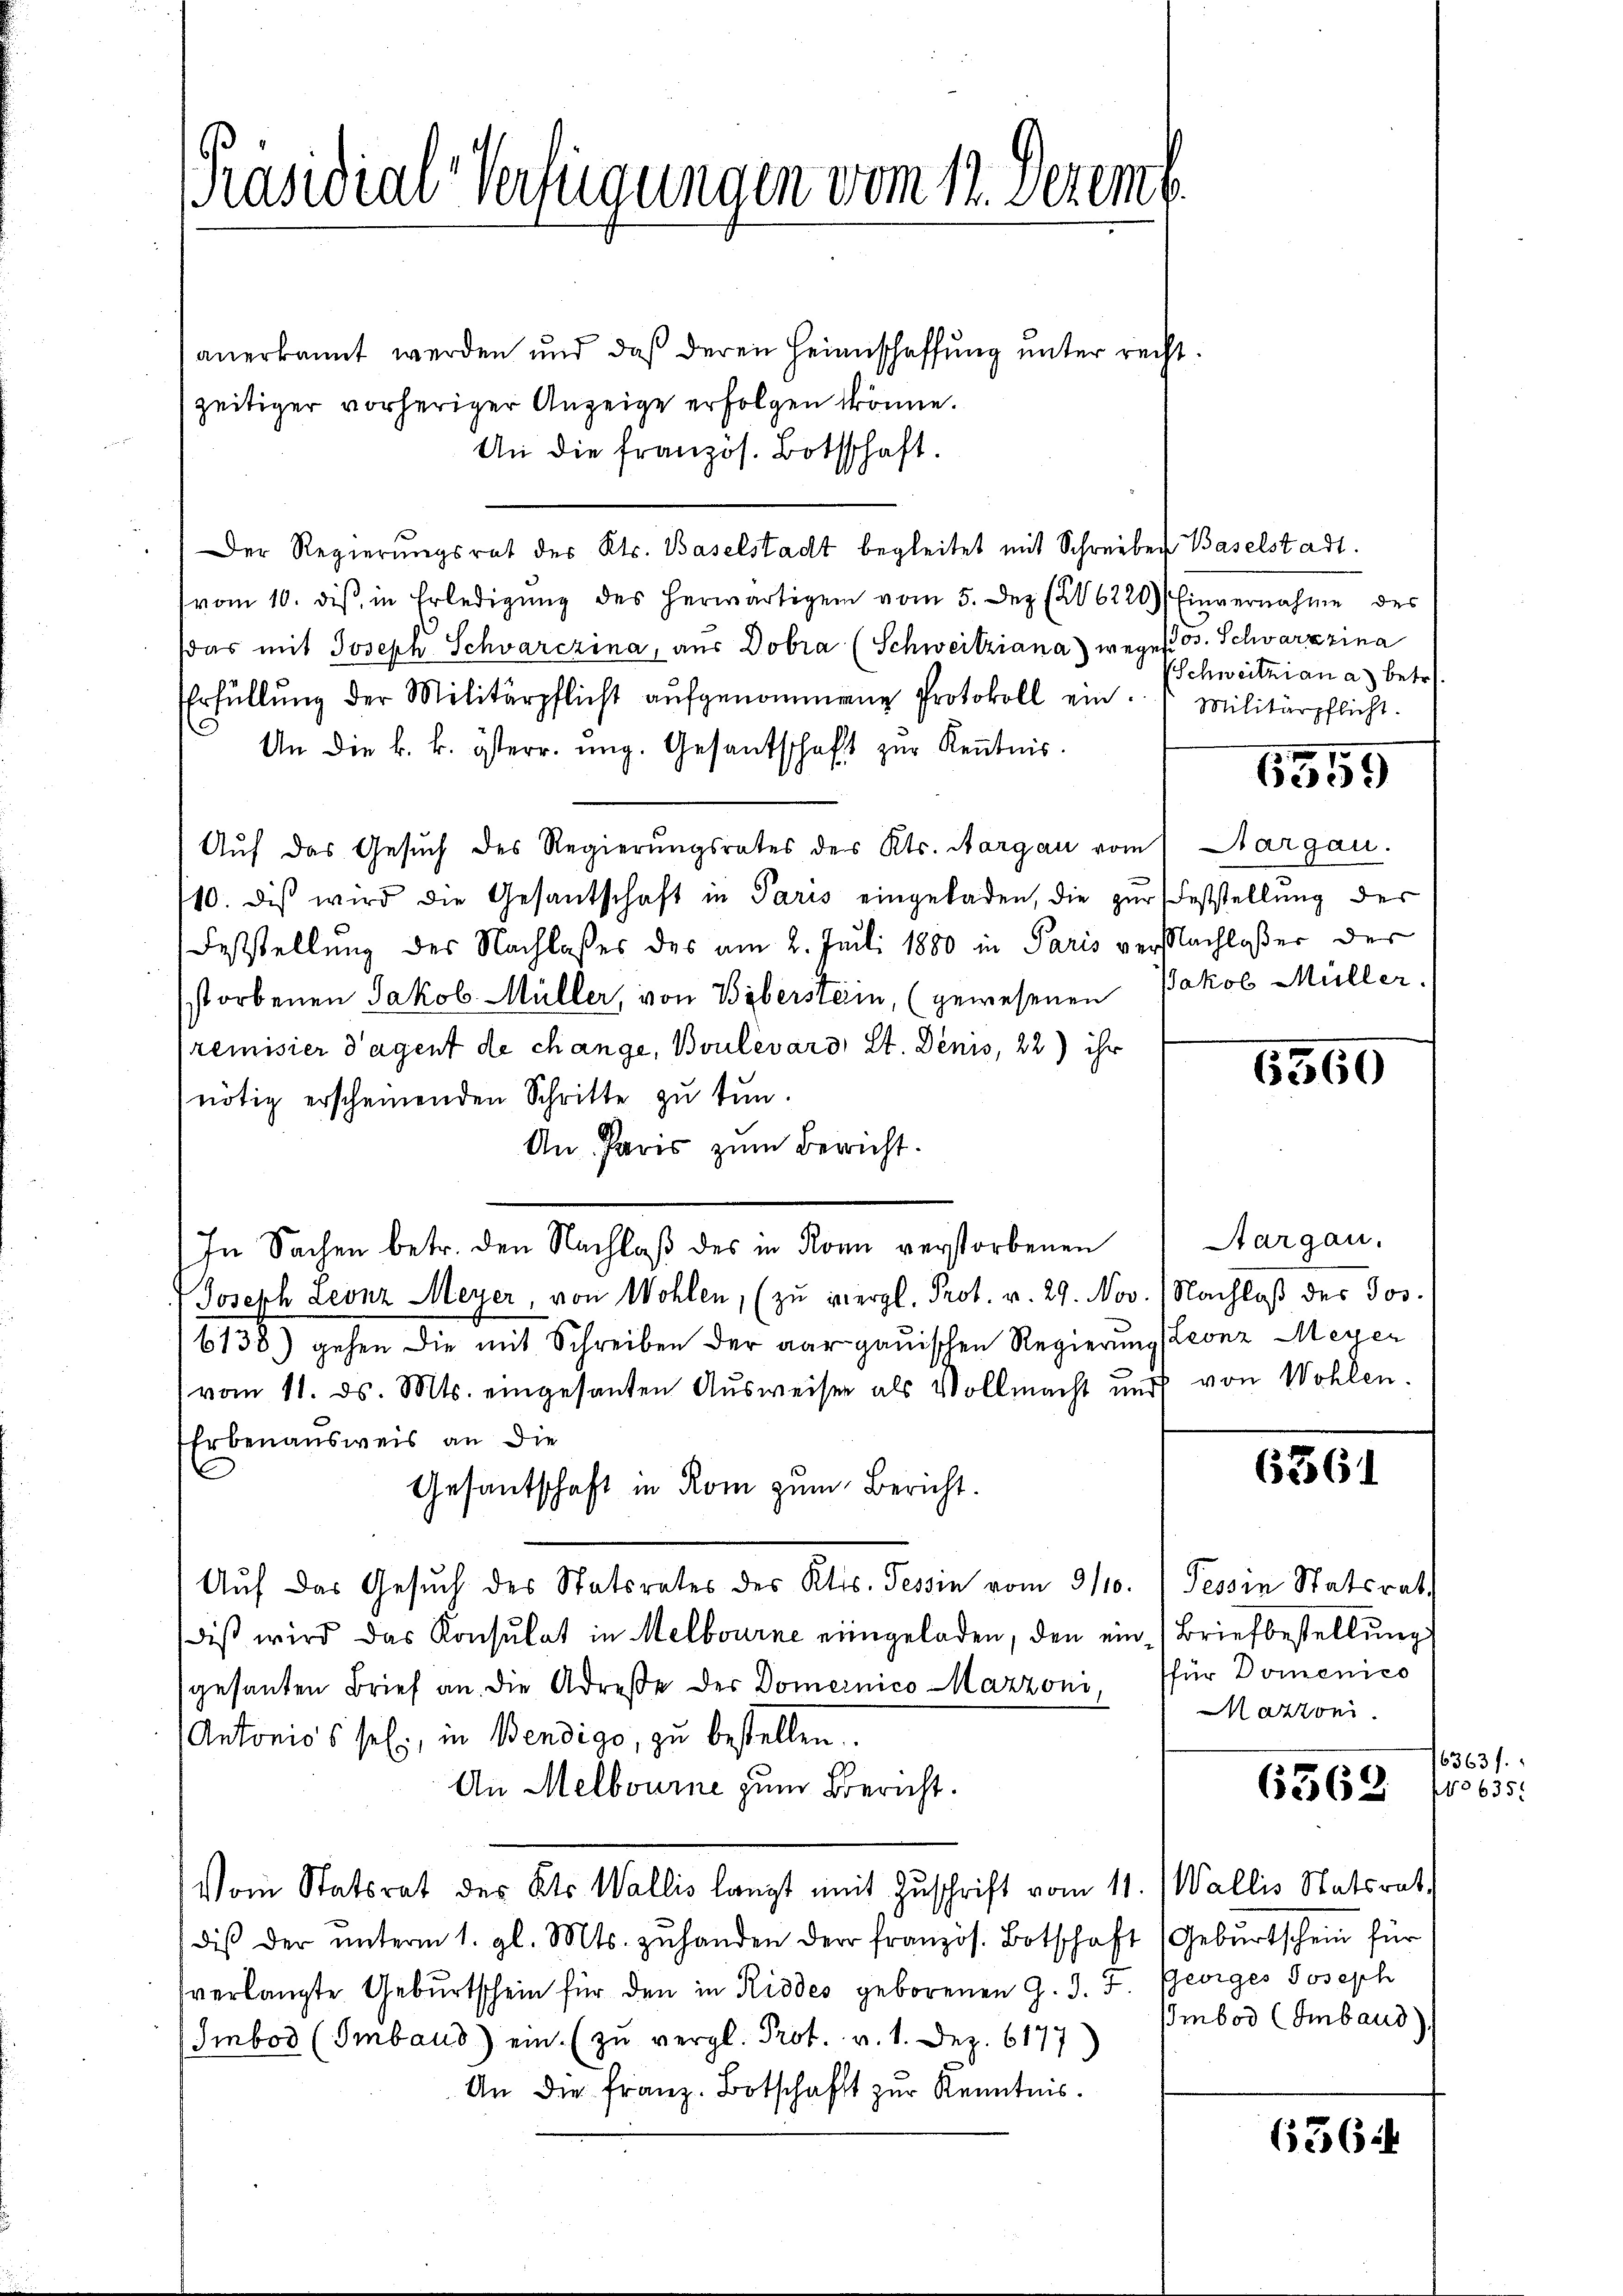
Präsidial-Verfügungen vom 12. Dezem

anerkannt werden und daß deren Heinschaffung unter recht
zeitiger vorheriger Anzeige erfolgen könne.
An die französ. Bothschaft.
Der Regierungsrat des Kts. Baselstadt begleitet mit Schreiben
vom 10. des in Erledigŭng des herwärtigen vom 5. Dez. 26220)
das mit Joseph Schwarczina, aus Dobra (Schweitziana) weges 3. Schwarzzina
Erfüllŭng der Militärpflicht aŭfgenommene Protokoll ein.
An die k. k. österr. ung. Gesandschaft zur Kenntnis.
Auf das Gesuch des Regierungsrates des Kts. Aargau vom Sargau.
10. diβ wird die Gesantschaft in Paris eingeladen, die zŭr Feststellŭng der
Feststellung des Nachlasses des am 2. Juni 1880 in Paris versachloßer der
storbenen Jakob Müller, von Biberstein, (gewesenen Jakob Müller.
remisier Tagent de change, Boulevard, St. Denis, 22) ihr
nötig erscheinenden Schritte zu tun.
An Paris zum Bericht.
In Sachen betr. den Nachlaß des in Ronn verstorbenen
Joseph Leonz Meyer, von Wohlen, (zŭ vergl. Prot. v. 29. Nov. Nachlaß des Jos.
6138) gehen die mit Schreiben der aargauischen Regierung Leonz Meyer
vom 11. ds. Mts. eingesanten Aŭsweiser als Vollmacht und von Wohlen.
Erbenausweis an die
Gesantschaft in Rom zum Bericht.
Auf das Gesuch des Statsrates des Kts. Tessin vom 9/10.) Tessin Statsrat
diβ wird das Konsulat in Melbourne eingeladen, den ein Briefbestellŭng
gesanten Brief an die Adresse der Domenico Mazzoni (für Domenico
Antonios sel., in Bendigo, zu bestellen.
An Melbourne zum Bericht.
Vom Statsrat des Kts. Wallis langt mit Zuschrift vom 11. Wallis Statsrat
dis der ŭnterm 1. gl. Mts. zŭ handen der französ. Botschaft (Gebŭrtschein für
verlangte Gebŭrtschein für den in Riedes geborenen G. J. F. Georges Joseph
Imbos (Imbaus) ein. (zu vergl. Prot. v. 1. Dez. 6177)
An die franz Botschafft zur Kenntnis.

Baselstadt.
Schweitzian a) betr.
Militärpflicht.

6559

Einvernahme des

6560

Aargau.

6361

artoni

6362

Imbod (Imbaud)

636

16363/
NNo 635.